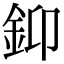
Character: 䤝